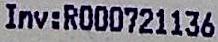
INV:R000721136